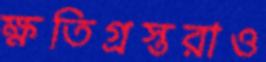
ক্ষতিগ্রস্তরাও